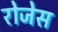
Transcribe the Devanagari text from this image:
रोजेस